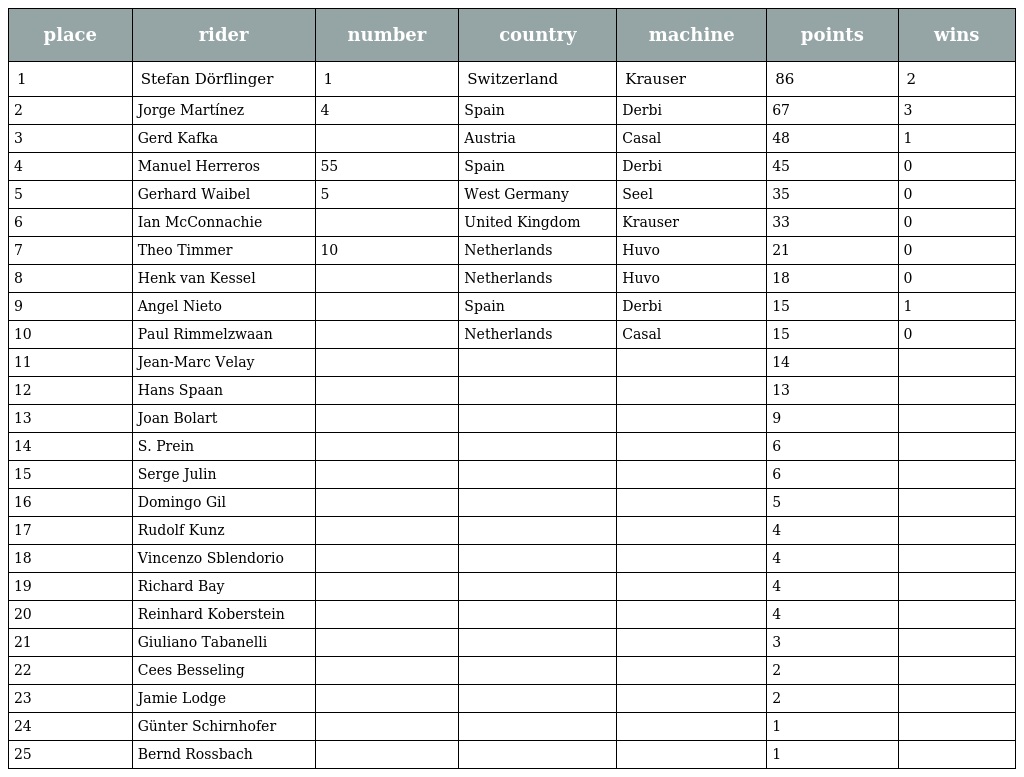
| place | rider | number | country | machine | points | wins |
 | --- | --- | --- | --- | --- | --- | --- |
 | 1 | Stefan Dörflinger | 1 | Switzerland | Krauser | 86 | 2 |
 | 2 | Jorge Martínez | 4 | Spain | Derbi | 67 | 3 |
 | 3 | Gerd Kafka |  | Austria | Casal | 48 | 1 |
 | 4 | Manuel Herreros | 55 | Spain | Derbi | 45 | 0 |
 | 5 | Gerhard Waibel | 5 | West Germany | Seel | 35 | 0 |
 | 6 | Ian McConnachie |  | United Kingdom | Krauser | 33 | 0 |
 | 7 | Theo Timmer | 10 | Netherlands | Huvo | 21 | 0 |
 | 8 | Henk van Kessel |  | Netherlands | Huvo | 18 | 0 |
 | 9 | Angel Nieto |  | Spain | Derbi | 15 | 1 |
 | 10 | Paul Rimmelzwaan |  | Netherlands | Casal | 15 | 0 |
 | 11 | Jean-Marc Velay |  |  |  | 14 |  |
 | 12 | Hans Spaan |  |  |  | 13 |  |
 | 13 | Joan Bolart |  |  |  | 9 |  |
 | 14 | S. Prein |  |  |  | 6 |  |
 | 15 | Serge Julin |  |  |  | 6 |  |
 | 16 | Domingo Gil |  |  |  | 5 |  |
 | 17 | Rudolf Kunz |  |  |  | 4 |  |
 | 18 | Vincenzo Sblendorio |  |  |  | 4 |  |
 | 19 | Richard Bay |  |  |  | 4 |  |
 | 20 | Reinhard Koberstein |  |  |  | 4 |  |
 | 21 | Giuliano Tabanelli |  |  |  | 3 |  |
 | 22 | Cees Besseling |  |  |  | 2 |  |
 | 23 | Jamie Lodge |  |  |  | 2 |  |
 | 24 | Günter Schirnhofer |  |  |  | 1 |  |
 | 25 | Bernd Rossbach |  |  |  | 1 |  |